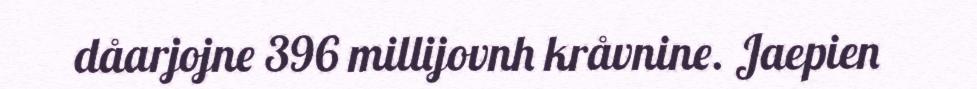
dåarjojne 396 millijovnh kråvnine. Jaepien